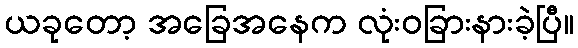
ယခုတော့ အခြေအနေက လုံးဝခြားနားခဲ့ပြီ။